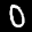
Label: 0